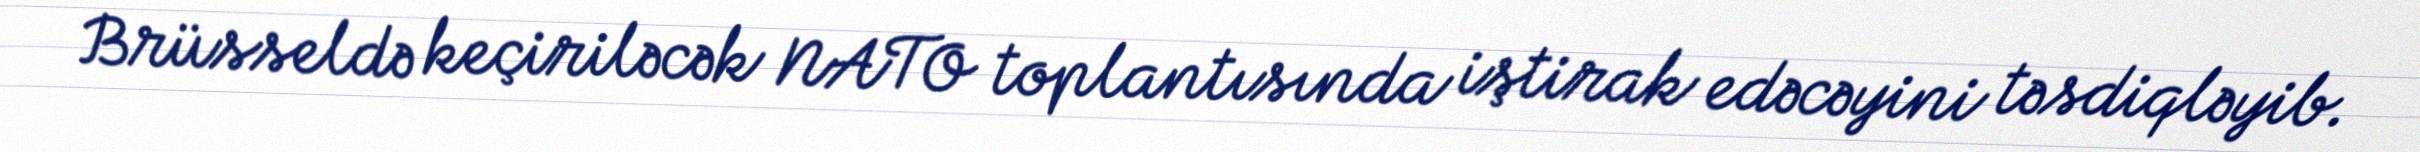
Brüsseldə keçiriləcək NATO toplantısında iştirak edəcəyini təsdiqləyib.